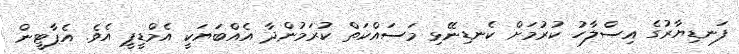
ފަނޑިޔާރުގެ އިސްލާހު ކުރުމަށް ކެނޑިނޭޅި މަސައްކަތް ކުރަމުންދާ އެއްބަޔަކީ އެމްޑީޕީ އެވެ. އެޕާޓީން